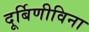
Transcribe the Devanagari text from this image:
दूर्बिणीविना